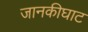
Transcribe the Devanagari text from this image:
जानकीघाट